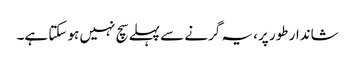
شاندار طور پر، یہ گرنے سے پہلے سچ نہیں ہو سکتا ہے۔